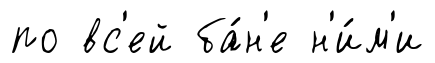
по вс'ей ба́н'е н'и́м'и